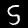
Digit: 5